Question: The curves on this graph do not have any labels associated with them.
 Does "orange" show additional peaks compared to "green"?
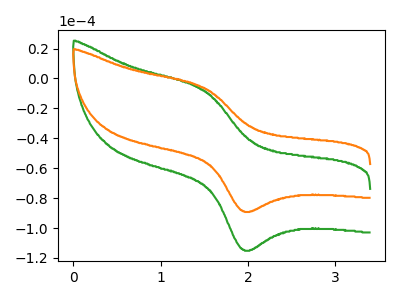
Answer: <think>The green curve "green" has an anodic peak at (1.50V, -7.95uA) and a cathodic peak at (1.95V, -114.65uA). The orange curve "orange" has an anodic peak at (1.50V, -6.15uA) and a cathodic peak at (1.95V, -88.85uA).
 All the peaks in "orange" have a peak in "green" at the same potential.</think>
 <answer>No, "orange" and "green" don't appear to be significantly different in shape</answer>
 <eval>no_change</eval>